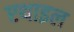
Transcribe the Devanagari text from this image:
एथाइल